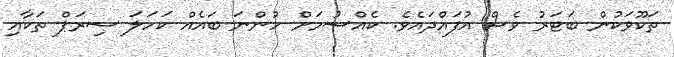
ތަކޫވަކުން ބަޓަރު ވެސް އުފައްދައެވެ. ކެއްސުމަށް ހުންނަ ބައެއް ކަހަލަ ސިރަޕް ތަކާއި